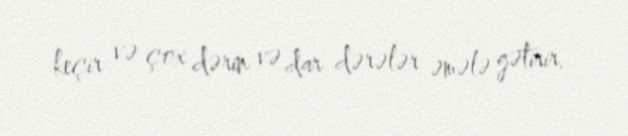
keçir və çox dərin və dar dərələr əmələ gətirir.